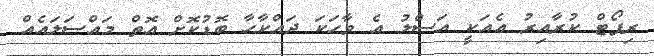
ރިޕޯޓް ކުރާއިރު އެއަކީ އަސްލު އެ ވާހަކަ ދައްކާހާ ބޮޑުކޮށް އޮތް މައްސަލައެއް